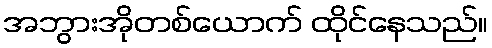
အဘွားအိုတစ်ယောက် ထိုင်နေသည်။